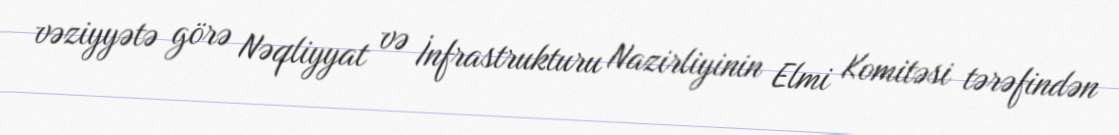
vəziyyətə görə Nəqliyyat və İnfrastrukturu Nazirliyinin Elmi Komitəsi tərəfindən